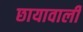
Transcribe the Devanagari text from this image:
छायावाली